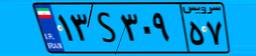
۱۳S۳۰۹۵۷